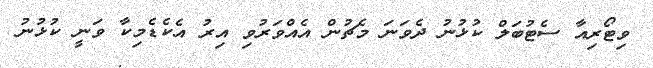
ވިޓޯރިއާ ސެޓުބަލް ކުޅުނު ދެވަނަ މެޗުން އެއްވަރުވި އިރު އެކެޑެމިކާ ވަނީ ކުޅުނު